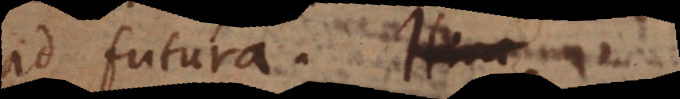
ad futura. Hinc